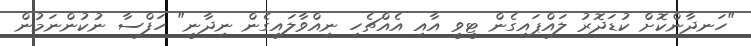
"ހަނދާންކޮށް ކުޑަދޮރު ލައްޕައިގެން ޓީވީ އާއި އެއްޗެހި ނިއްވާލައިގެން ނިދާނީ" ހަފްސާ ނުކުންނަމުން